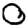
Digit: 0